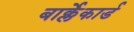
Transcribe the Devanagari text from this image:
बार्क्लेकार्ड